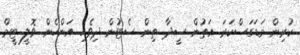
ކުރިން މަޑަގަސްކަރަ އަތުން ސީދާ ތިން ސެޓުން ދިވެހި އަންހެން ވޮލީ ޓީމް